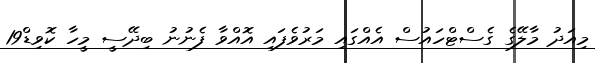
މިއަދު މާލޭގެ ގެސްޓްހައުސް އެއްގައި މަރުވެފައި އޮއްވާ ފެނުނު ބިދޭސީ މީހާ ކޮވިޑް19